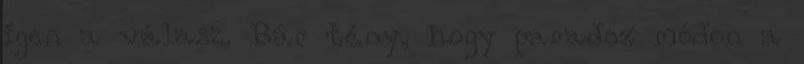
igen a válasz. Bár tény, hogy paradox módon a